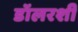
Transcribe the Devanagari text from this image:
डॉलरशी